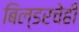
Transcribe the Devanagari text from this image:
बिल्डरचेही